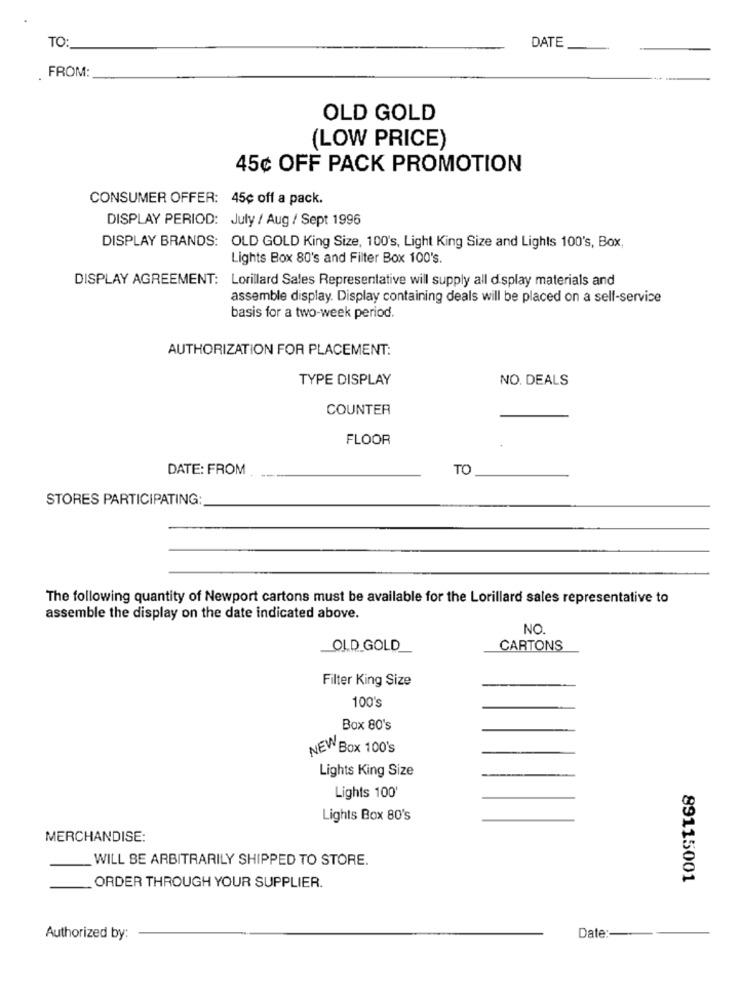
TO:
DATE_
FROM:
OLD GOLD
(LOW PRICE)
45¢ OFF PACK PROMOTION
CONSUMER OFFER: 45¢ off a pack.
DISPLAY PERIOD: July / Aug / Sept 1996
DISPLAY BRANDS: OLD GOLD King Size, 100's, Light King Size and Lights 100's, Box,
Lights Box 80's and Filter Box 100's.
DISPLAY AGREEMENT: Lorillard Sales Representative will supply all display materials and
assemble display. Display containing deals will be placed on a self-service
basis for a two-week period.
AUTHORIZATION FOR PLACEMENT:
TYPE DISPLAY
NO. DEALS
COUNTER
FLOOR
DATE: FROM
TO
STORES PARTICIPATING
The following quantity of Newport cartons must be available for the Lorillard sales representative to
assemble the display on the date indicated above.
NO.
OLD GOLD
CARTONS
Filter King Size
100's
Box 80's
NEW BOX 100's
Lights King Size
Lights 100'
Lights Box 80's
MERCHANDISE:
WILL BE ARBITRARILY SHIPPED TO STORE.
89115001
ORDER THROUGH YOUR SUPPLIER.
Authorized by:
Date :-